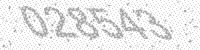
Solution: 028543